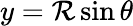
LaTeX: y=\mathcal{R}\sin\theta